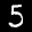
Label: 5